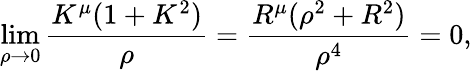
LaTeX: \operatorname*{lim}_{\rho\to 0}\frac{K^{\mu}(1+K^{2})}{\rho}=\frac{R^{\mu}(\rho^{2}+R^{2})}{\rho^{4}}=0,